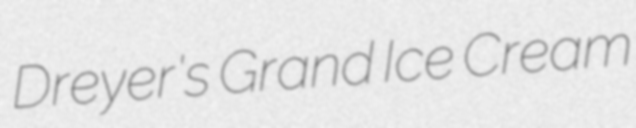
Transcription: Dreyer's Grand Ice Cream